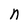
Character: n